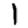
Digit: 1